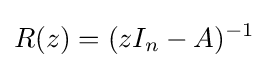
R(z)=(zI_{n}-A)^{-1}